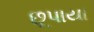
છૂપાયા